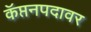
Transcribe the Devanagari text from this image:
कॅप्तनपदावर